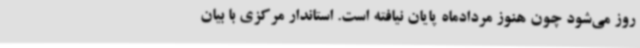
روز می‌شود چون هنوز مردادماه پایان نیافته است. استاندار مرکزی با بیان